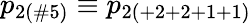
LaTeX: p_{2(\# 5)}\equiv p_{2(+2+2+1+1)}